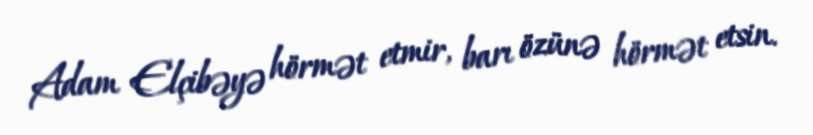
Adam Elçibəyə hörmət etmir, barı özünə hörmət etsin.